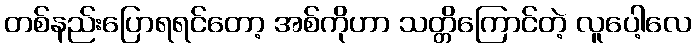
တစ်နည်းပြောရရင်တော့ အစ်ကိုဟာ သတ္တိကြောင်တဲ့ လူပေါ့လေ